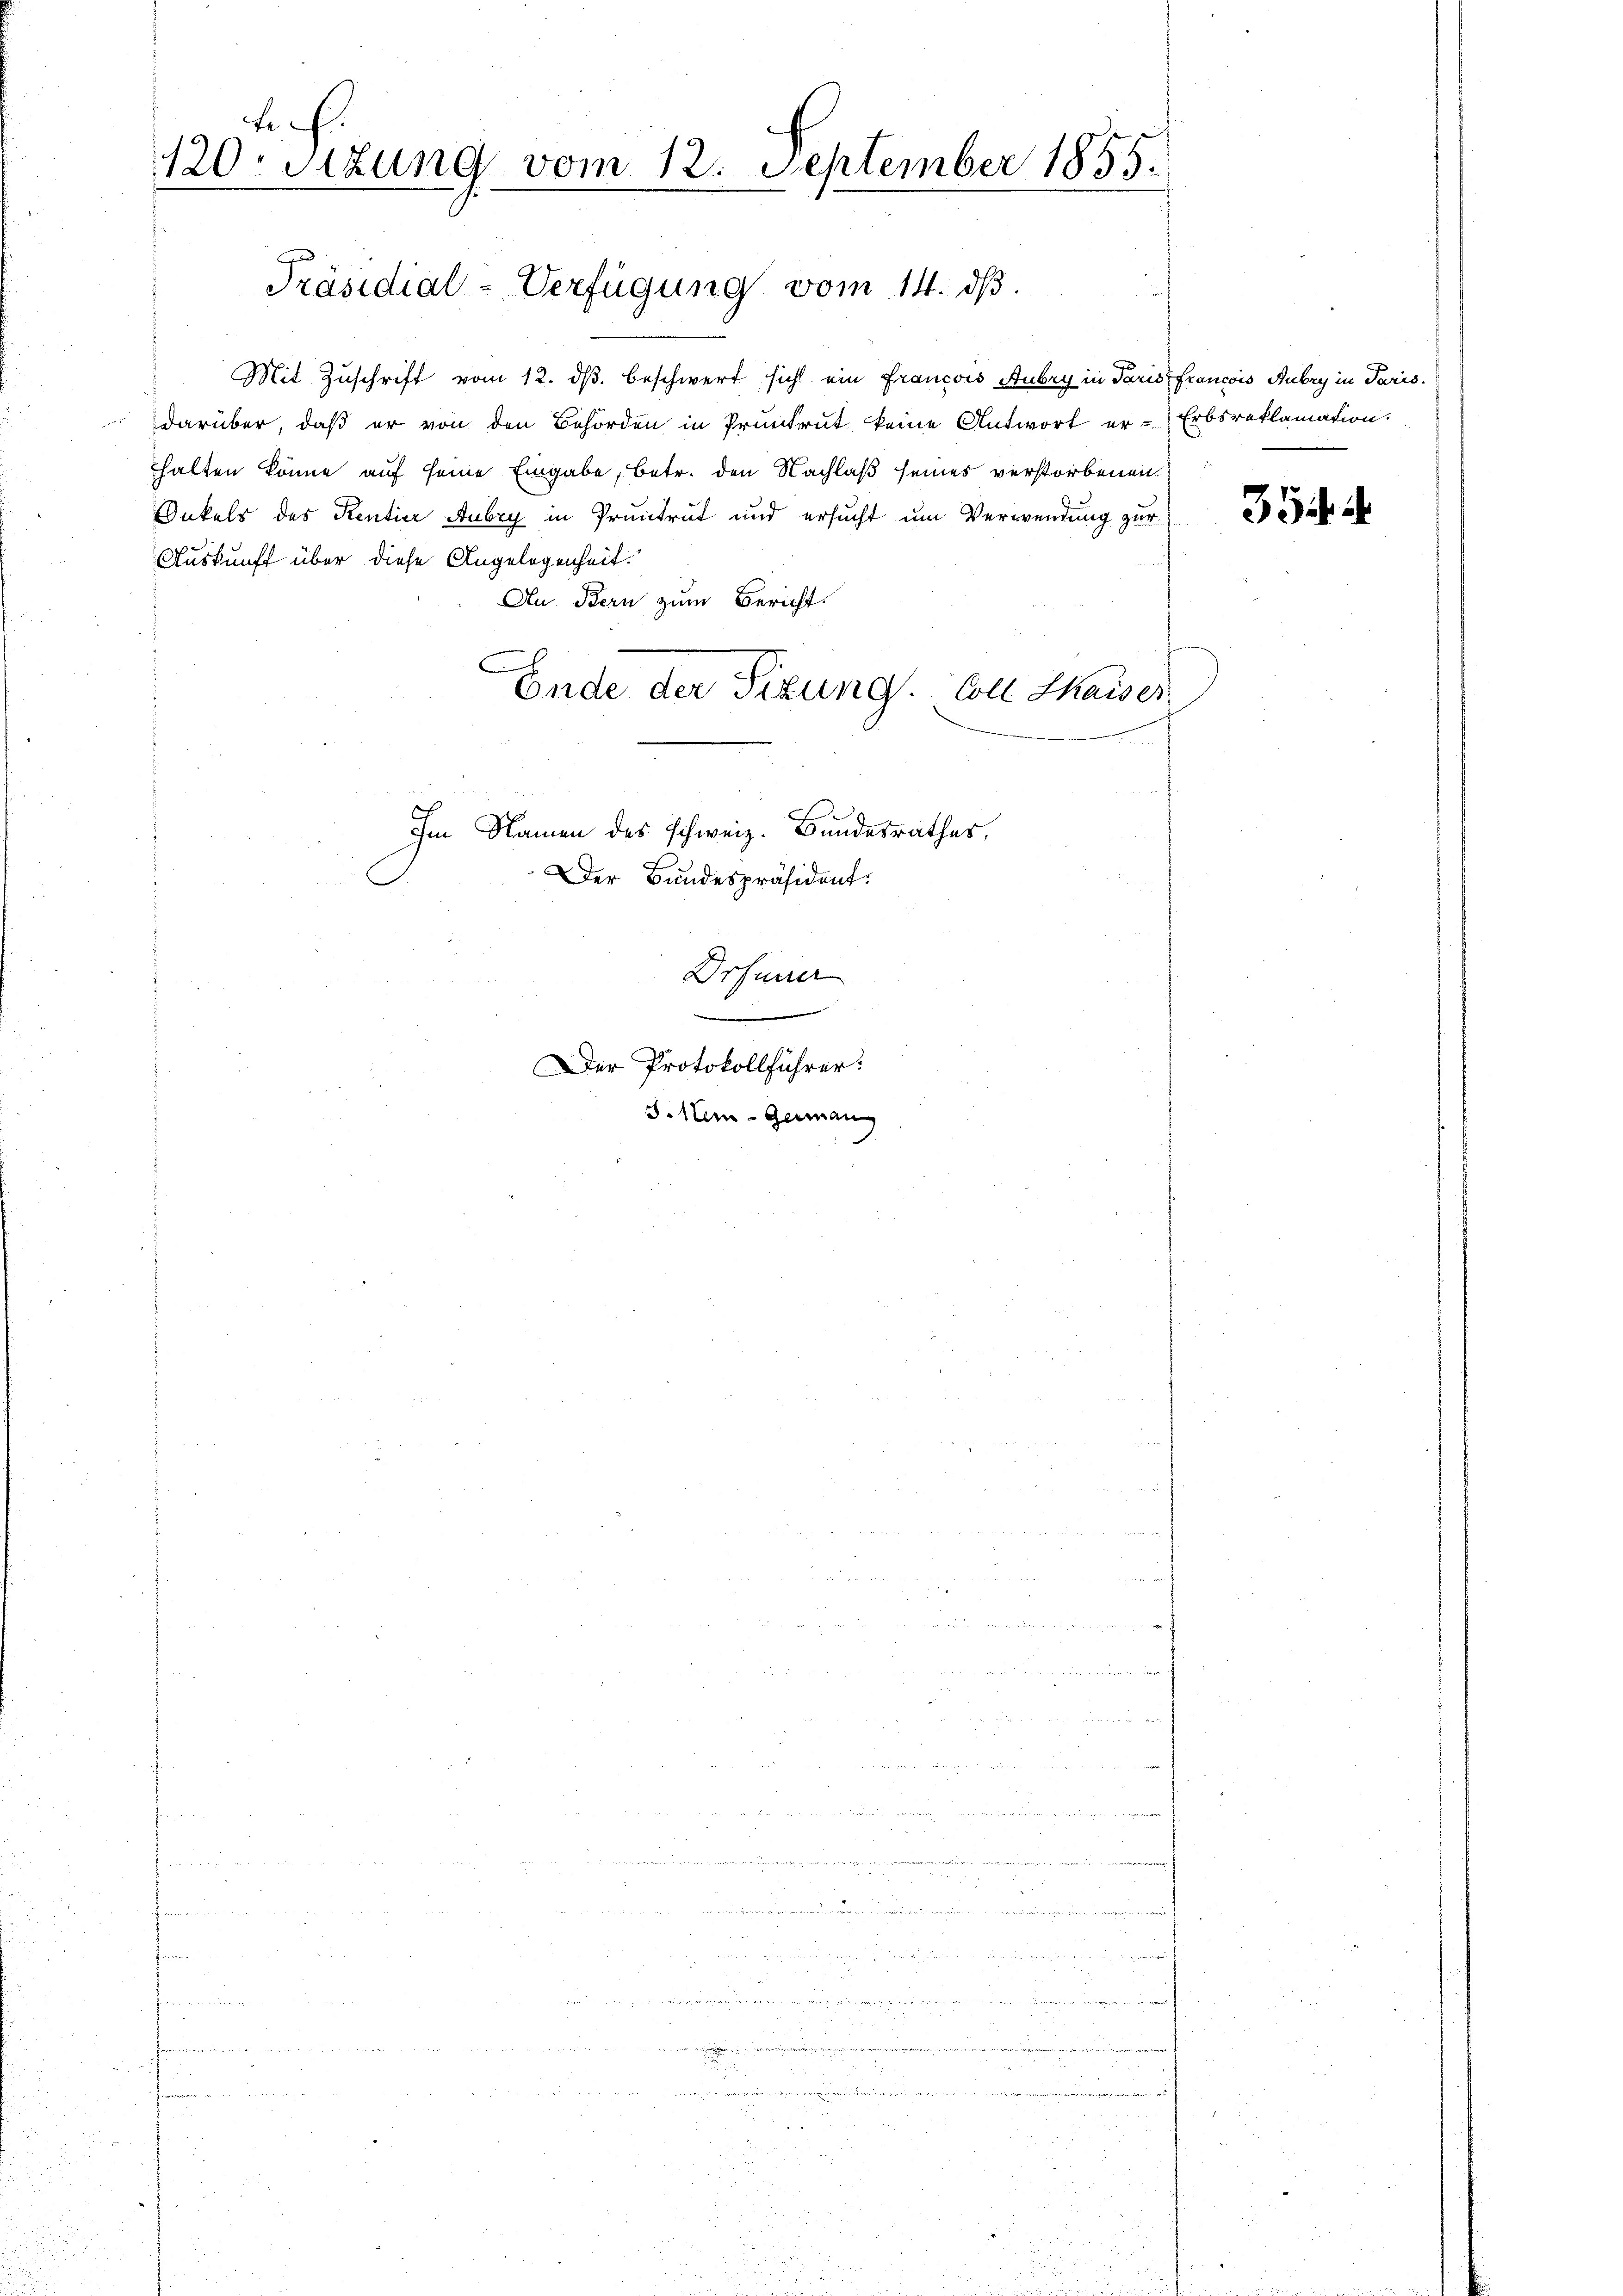
lf.
120. Sitzung vom 12. September 1855.

Präsidial-Verfügung vom 14. dβ.

Mit Zuschrift vom 12. ds. beschwert sich ein Francois Aubry in Paris francois Aubry in Paris.
darüber, daß er von den Behörden in Pruntrut keine Antwort er-Erbsreklamation.
halten könne auf seine Eingabe, betr. den Nachlaß seines verstorbenen
Onkels des Rentier Aubry in Pruntrut und ersucht um Verwendung zur
Auskunft über diese Angelegenheit.
An Bern zum Bericht.
C
Im Namen des schweiz. Bundesrathes,
Der Bundespräsident:
Drfüner
s
Der Protokollführer:
3. Neue-Germann

Ende der Sizung. Coll Chaiser

u

u
wer einer wegen
e
n

n

.
0

33.